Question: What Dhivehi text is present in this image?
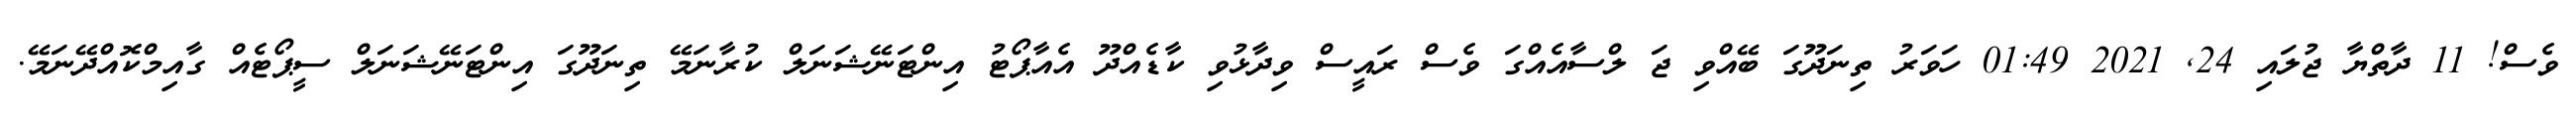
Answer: ވެސް! 11 ދާތްޔާ ޖުލައި 24, 2021 01:49 ހަވަރު ތިނަދޫގަ ބޭއްވި ޖަ ލްސާއެއްގަ ވެސް ރައީސް ވިދާޅުވި ކާޑެއްދޫ އެއާޕޯޓު އިންޓަނޭޝަނަލް ކުރާނަމޭ ތިނަދޫގަ އިންޓަނޭޝަނަލް ސީޕޯޓެއް ގާއިމްކޮއްދޭނަމޭ.